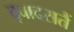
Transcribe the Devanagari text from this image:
द्वादसतैं